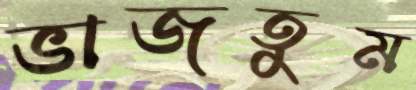
ভাজতুম